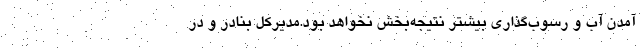
آمدن آب و رسوب‌گذاری بیشتر نتیجه‌بخش نخواهد بود.مدیرکل بنادر و در